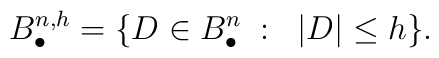
B^{n,h}_{\bullet} = \{ D \in B^n_{\bullet} \; : \; \; |D| \le h \}{}.